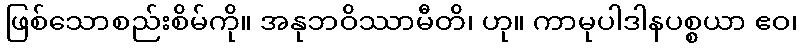
ဖြစ်သောစည်းစိမ်ကို။ အနုဘဝိဿာမီတိ၊ ဟု။ ကာမုပါဒါနပစ္စယာ ဧဝ၊